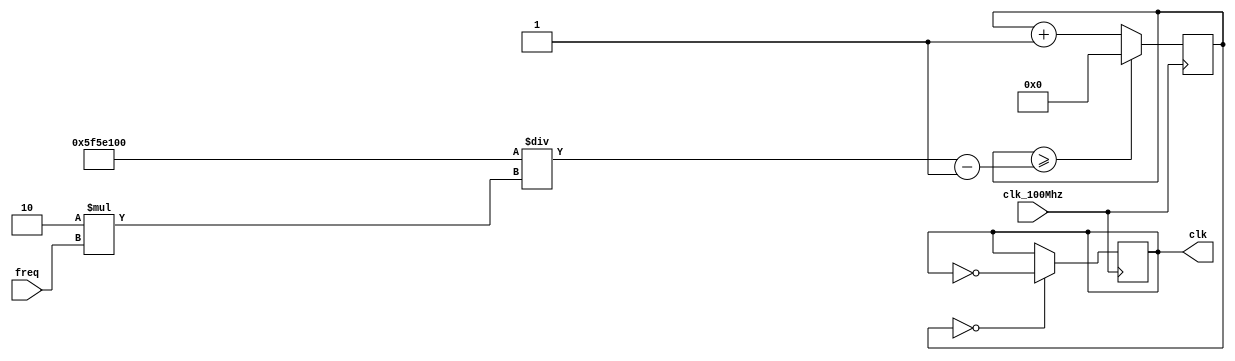
`timescale 1ns / 1ps
//////////////////////////////////////////////////////////////////////////////////
// Company: 
// Engineer: 
// 
// Design Name: 
// Module Name: clock_gen_hz
// Project Name: 
// Target Devices: 
// Tool Versions: 
// Description: 
// 
// Dependencies: 
// 
// Revision:
// Revision 0.01 - File Created
// Additional Comments:
// 
//////////////////////////////////////////////////////////////////////////////////

// Creates clock signal with given frequency 
// Must use 100Mhz base clock signal!
// Minimum: 1Hz | Maximum: 100Mhz
module clock_gen_hz(
    input clk_100Mhz,
    input [31:0] freq,
    output reg clk = 0
);
    
    reg [31:0] count = 0; 
    wire [31:0] m = (100_000_000 / (2*freq)) - 1;
    
    always @ (posedge clk_100Mhz) begin
        count <= (count >= m) ? 0 : count + 1; 
        clk <= (count == 0) ? ~clk : clk;
    end
    
endmodule